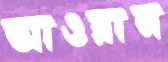
আওরান